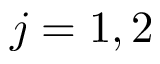
j = 1 , 2